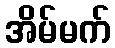
အိမ်မက်